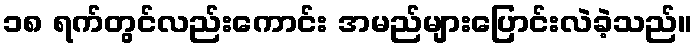
၁၈ ရက်တွင်လည်းကောင်း အမည်များပြောင်းလဲခဲ့သည်။